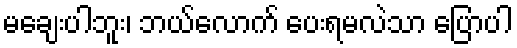
မချေးပါဘူး၊ ဘယ်လောက် ပေးရမလဲသာ ပြောပါ